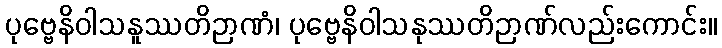
ပုဗ္ဗေနိဝါသနူဿတိဉာဏံ၊ ပုဗ္ဗေနိဝါသနုဿတိဉာဏ်လည်းကောင်း။